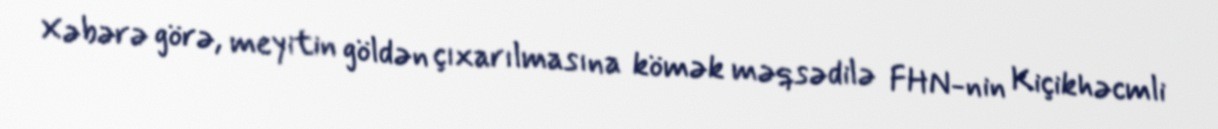
Xəbərə görə, meyitin göldən çıxarılmasına kömək məqsədilə FHN-nin Kiçikhəcmli